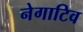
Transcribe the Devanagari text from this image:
नेगाटिव